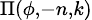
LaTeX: \scriptstyle{\Pi(\phi,-n,k)}